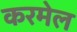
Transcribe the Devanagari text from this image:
करमेल